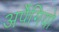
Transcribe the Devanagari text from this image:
अर्पेगियो